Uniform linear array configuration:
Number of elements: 12
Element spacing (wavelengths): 1
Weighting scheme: kaiser
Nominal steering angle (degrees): -30
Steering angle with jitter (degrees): -29.876
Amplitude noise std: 0.05
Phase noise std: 0.05

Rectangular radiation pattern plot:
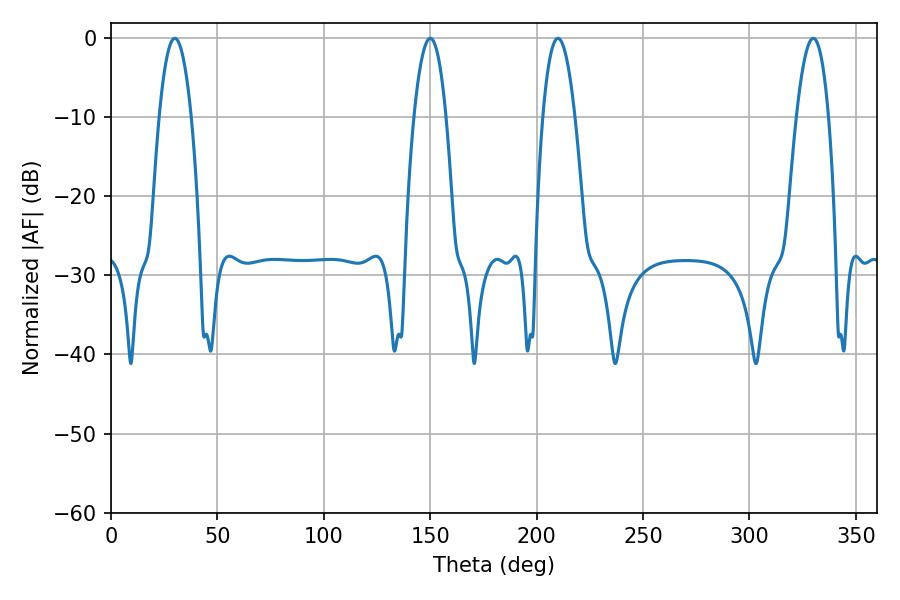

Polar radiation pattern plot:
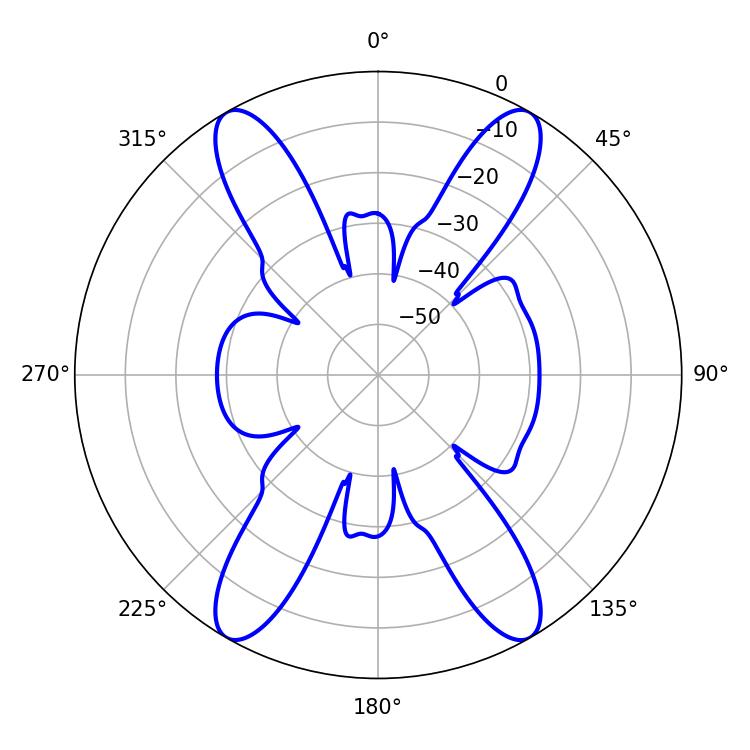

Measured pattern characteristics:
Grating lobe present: TRUE
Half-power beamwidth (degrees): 8.46
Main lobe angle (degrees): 210.06